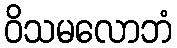
ဝိသမလောဘံ